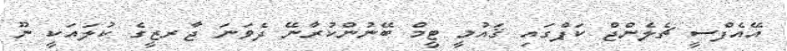
އޭއެފްސީ ޗެލެންޖް ކަޕްގައި ޤައުމީ ޓީމް ބޭނުންކުރާނޭ ދެވަނަ ޖާރޒީގެ ކުލައަކީ ނޫ